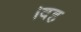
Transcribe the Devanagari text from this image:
।वह